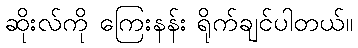
ဆိုးလ်ကို ကြေးနန်း ရိုက်ချင်ပါတယ်။